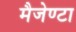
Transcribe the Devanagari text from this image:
मैजेण्टा